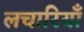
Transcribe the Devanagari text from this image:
लचारियाँ